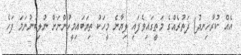
އެއް ކުރާހިނދު) ދަތުރެއްގެ މަތީގައިވެފައި ލިޔާނެ މީހަކު ތިޔަބައިމީހުންނަށް ނުލިބުނުނަމަ ފަހެ